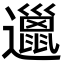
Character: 邋